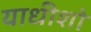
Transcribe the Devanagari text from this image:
याधीशो